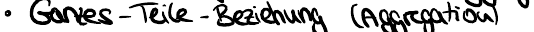
Ganzes-Teile-Beziehung (Aggregation)